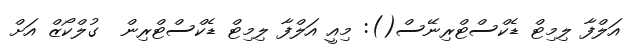
އަލްފާ ލިމިޓް ޑެކްސްޓްރިނޭސް(): މިއީ އަލްފާ ލިމިޓް ޑެކްސްޓްރިން  ގުލްކޯޒް އަށް